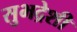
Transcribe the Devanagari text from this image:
सुभद्रेशी